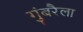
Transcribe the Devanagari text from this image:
गुंबरैला